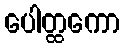
ပေါတ္ထကော